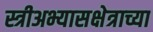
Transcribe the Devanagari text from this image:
स्त्रीअभ्यासक्षेत्राच्या